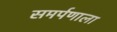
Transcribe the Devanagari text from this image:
समर्पणाला